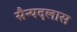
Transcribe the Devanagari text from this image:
सैन्यदलास